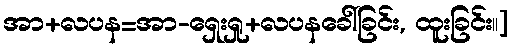
အာ+လပန=အာ-ရှေးရှု+လပနခေါ်ခြင်း, ထူးခြင်း။]